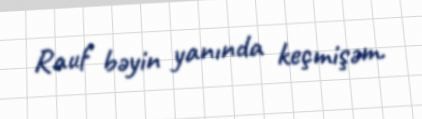
Rauf bəyin yanında keçmişəm.